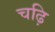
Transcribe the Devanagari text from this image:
चढ़ि